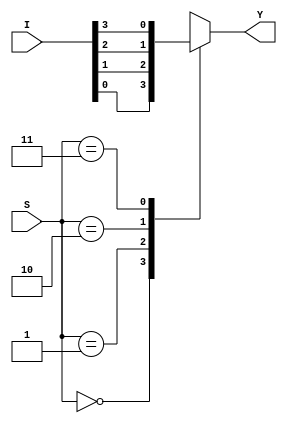
`timescale 1ns / 1ps
//////////////////////////////////////////////////////////////////////////////////
// Company: 
// Engineer: 
// 
// Design Name: 
// Module Name: mux4_1
// Project Name: 
// Target Devices: 
// Tool Versions: 
// Description: 
// 
// Dependencies: 
// 
// Revision:
// Revision 0.01 - File Created
// Additional Comments:
// 
//////////////////////////////////////////////////////////////////////////////////


module mux4_1(Y,S,I);
input [3:0]I;
input [1:0]S;
output reg Y;
always @ (*)
begin
case(S)
2'b00:Y=I[0];
2'b01:Y=I[1];
2'b10:Y=I[2];
2'b11:Y=I[3];
default:begin
end
endcase
end 
endmodule